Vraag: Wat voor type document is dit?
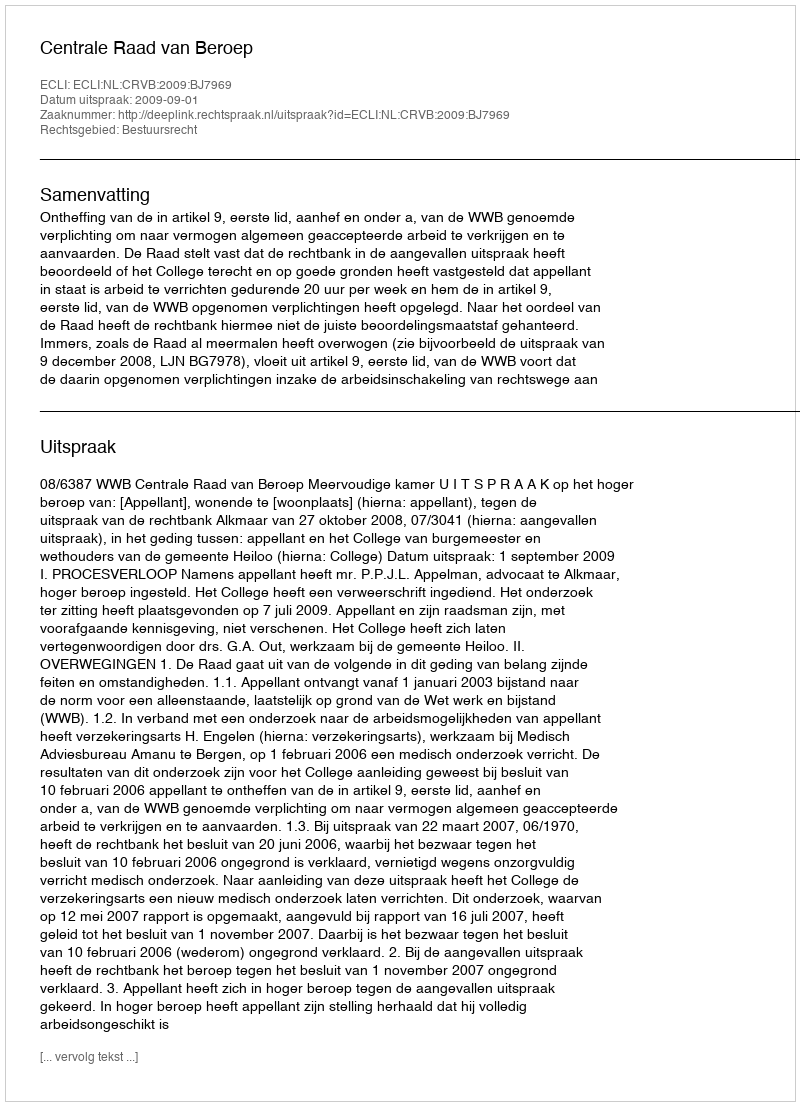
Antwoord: Uitspraak